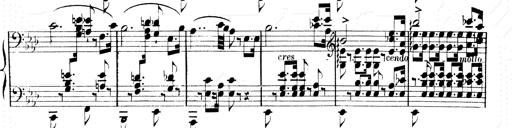
Title: 2 Transcriptions d'aprÃ¨s Rossini
Composer: Franz Liszt